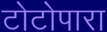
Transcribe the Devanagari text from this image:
टोटोपारा